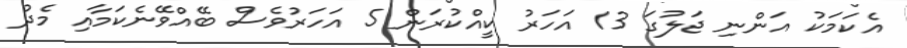
އެކަމަކު އަންނި ޖަލުގަ 13 އަހަރު ކީއްކުރަން 5 އަހަރުވެސް ބޭއްވޭނެކަމާއި މެދު